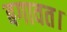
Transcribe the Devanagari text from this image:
बगावत।